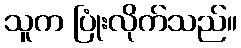
သူက ပြုံးလိုက်သည်။